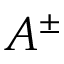
A ^ { \pm }